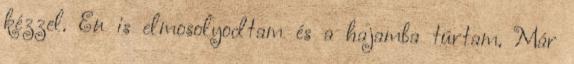
kézzel. Én is elmosolyodtam és a hajamba túrtam. Már